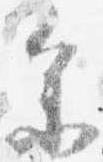
参